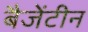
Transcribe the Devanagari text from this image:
बैजेंटीन